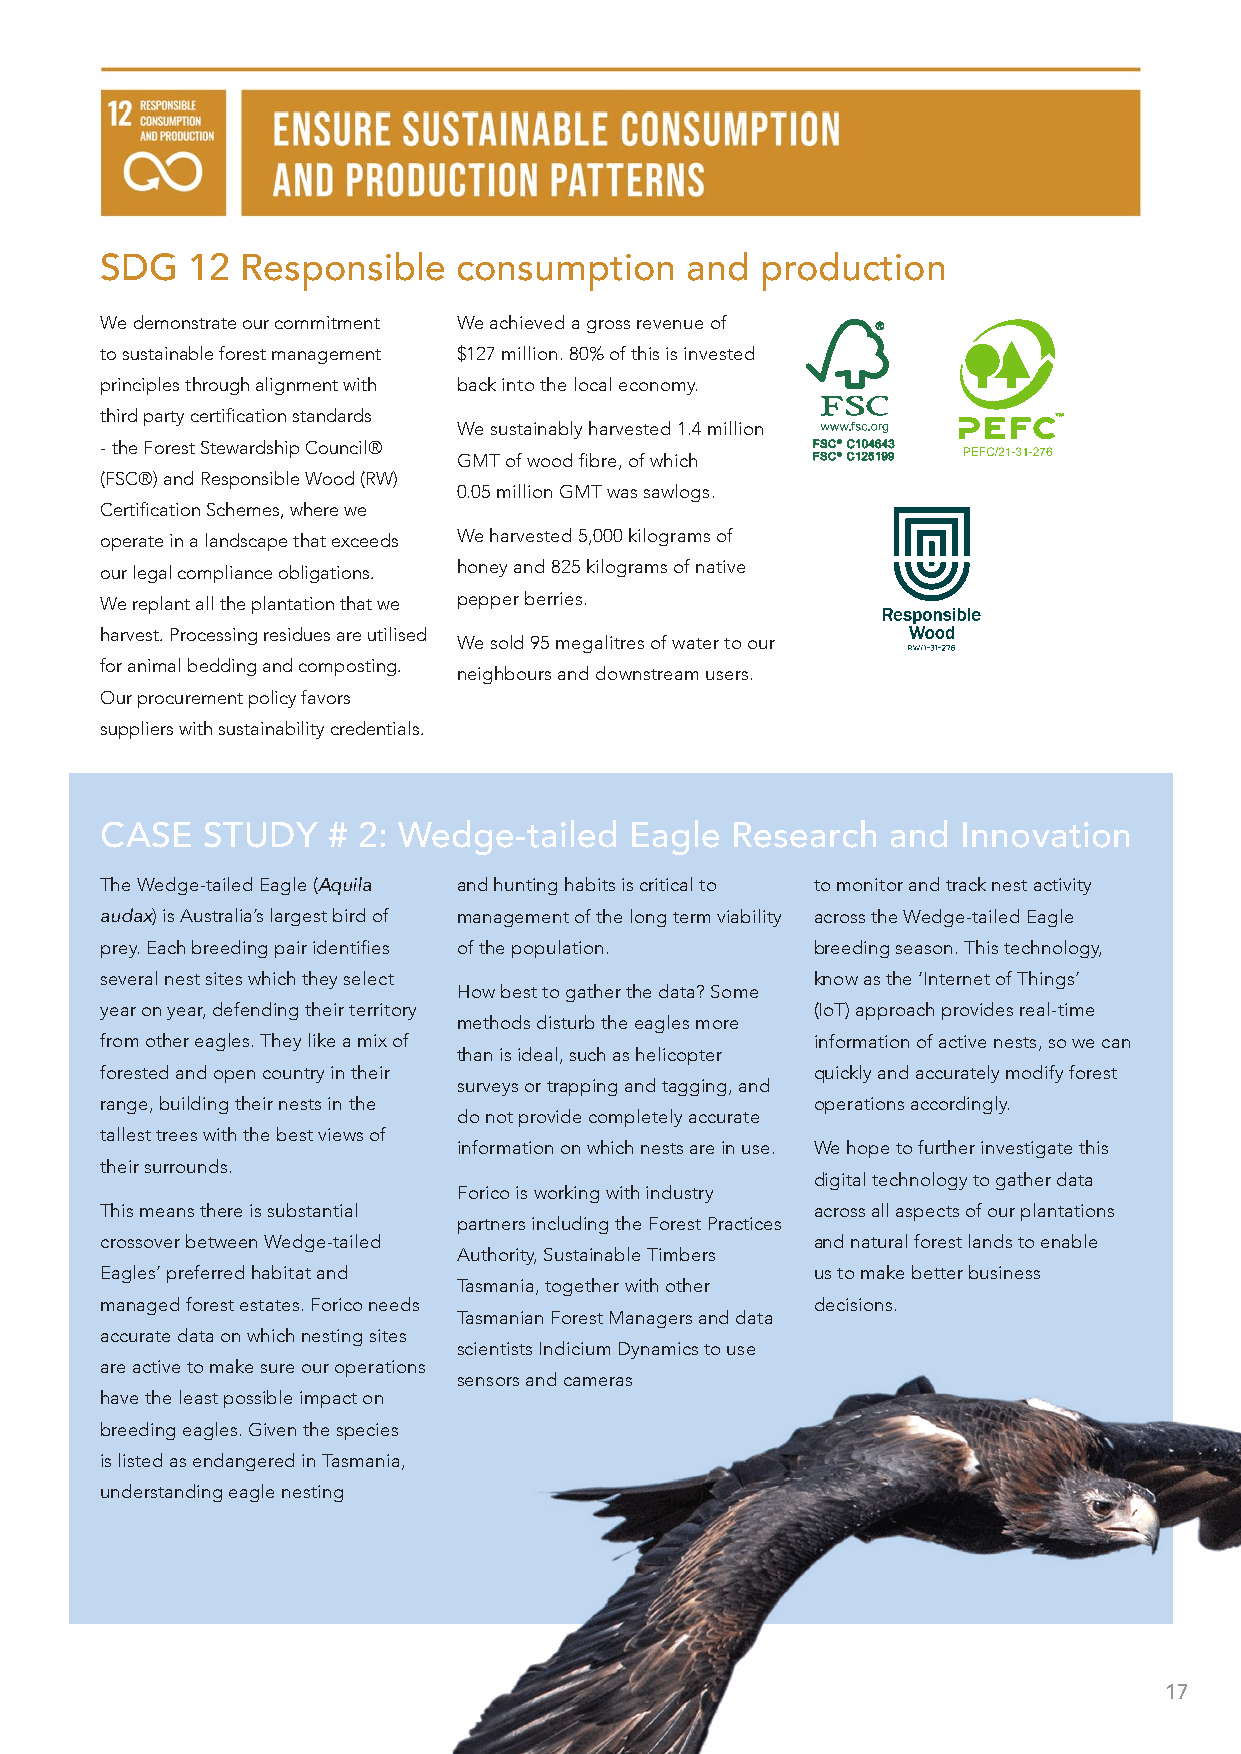
SDG  12  Responsible   consumption    and  production
 We demonstrate our commitment We achieved a gross revenue of
 to sustainable forest management $127 million. 80% of this is invested
 principles through alignment with back into the local economy.
 third party certification standards
 We sustainably harvested 1.4 million
 - the Forest Stewardship Council®
 GMT of wood fibre, of which
 (FSC®) and Responsible Wood (RW)
 0.05 million GMT was sawlogs.
 Certification Schemes, where we
 operate in a landscape that exceeds We harvested 5,000 kilograms of
 our legal compliance obligations. honey and 825 kilograms of native
 We replant all the plantation that we pepper berries.
 harvest. Processing residues are utilised
 We sold 95 megalitres of water to our
 for animal bedding and composting.
 neighbours and downstream users.
 Our procurement policy favors
 suppliers with sustainability credentials.
 CASE  STUDY    # 2: Wedge-tailed   Eagle Research   and  Innovation
 The Wedge-tailed Eagle (Aquila and hunting habits is critical to to monitor and track nest activity
 audax) is Australia’s largest bird of management of the long term viability across the Wedge-tailed Eagle
 prey. Each breeding pair identifies of the population. breeding season. This technology,
 several nest sites which they select           know as the ‘Internet of Things’
 How best to gather the data? Some
 year on year, defending their territory        (IoT) approach provides real-time
 methods disturb the eagles more
 from other eagles. They like a mix of          information of active nests, so we can
 than is ideal, such as helicopter
 forested and open country in their             quickly and accurately modify forest
 surveys or trapping and tagging, and
 range, building their nests in the             operations accordingly.
 do not provide completely accurate
 tallest trees with the best views of
 information on which nests are in use. We hope to further investigate this
 their surrounds.
 digital technology to gather data
 Forico is working with industry
 This means there is substantial                across all aspects of our plantations
 partners including the Forest Practices
 crossover between Wedge-tailed                 and natural forest lands to enable
 Authority, Sustainable Timbers
 Eagles’ preferred habitat and                  us to make better business
 Tasmania, together with other
 managed forest estates. Forico needs           decisions.
 Tasmanian Forest Managers and data
 accurate data on which nesting sites
 scientists Indicium Dynamics to use
 are active to make sure our operations
 sensors and cameras
 have the least possible impact on
 breeding eagles. Given the species
 is listed as endangered in Tasmania,
 understanding eagle nesting
 17